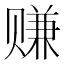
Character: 赚